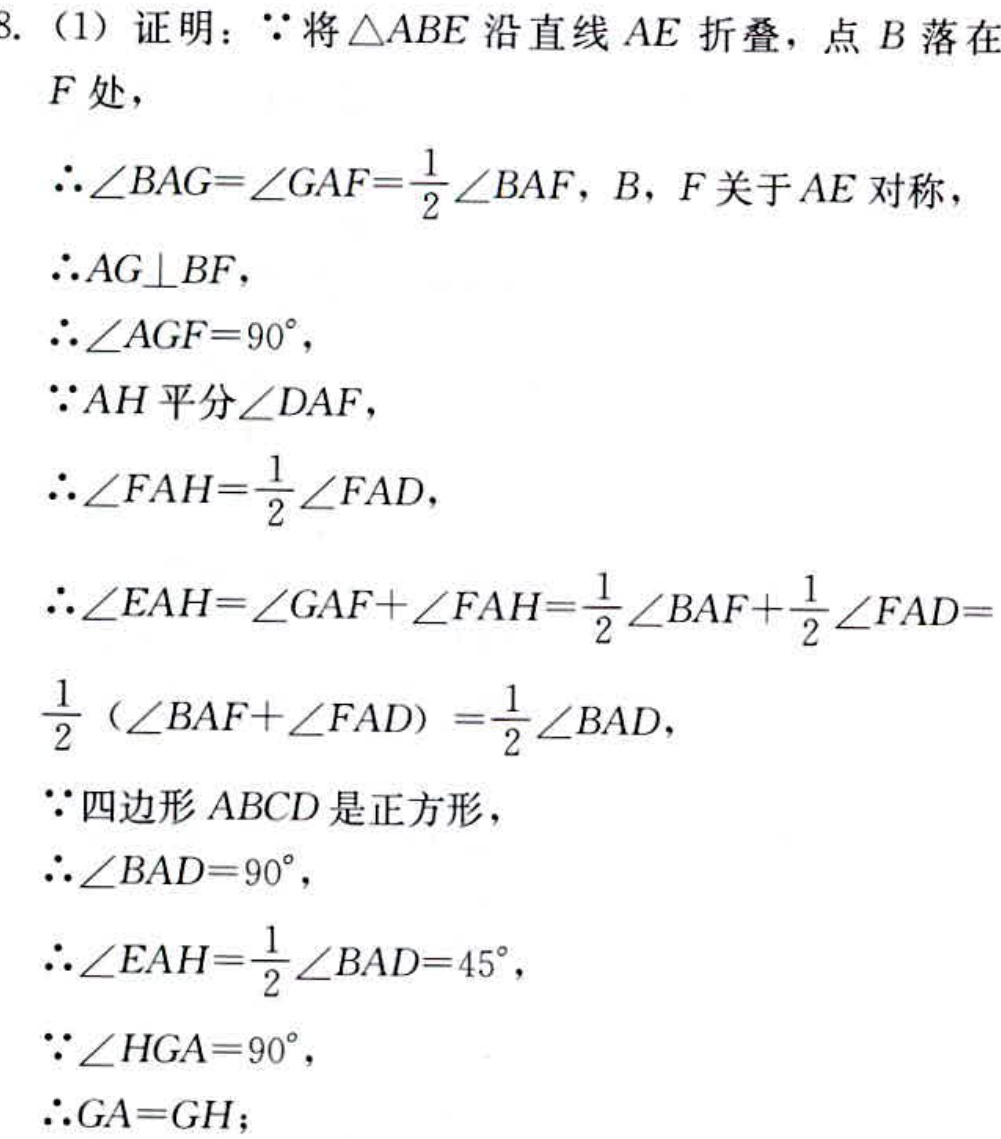
8. (1) 证明：
因为将\(\triangle ABE\)沿直线\(AE\)折叠，点\(B\)落在\(F\)处，
所以\(\angle BAG = \angle GAF=\frac{1}{2}\angle BAF\)，\(B\)，\(F\)关于\(AE\)对称，
所以\(AG\perp BF\)，
所以\(\angle AGF = 90^{\circ}\)，
因为\(AH\)平分\(\angle DAF\)，
所以\(\angle FAH=\frac{1}{2}\angle FAD\)，
所以\(\angle EAH=\angle GAF + \angle FAH=\frac{1}{2}\angle BAF+\frac{1}{2}\angle FAD=\)
\(\frac{1}{2}(\angle BAF + \angle FAD)=\frac{1}{2}\angle BAD\)，
因为四边形\(ABCD\)是正方形，
所以\(\angle BAD = 90^{\circ}\)，
所以\(\angle EAH=\frac{1}{2}\angle BAD = 45^{\circ}\)，
因为\(\angle HGA = 90^{\circ}\)，
所以\(GA = GH\)；